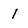
Character: 1